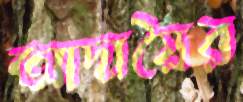
আদায়ৈর